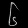
Digit: ၆